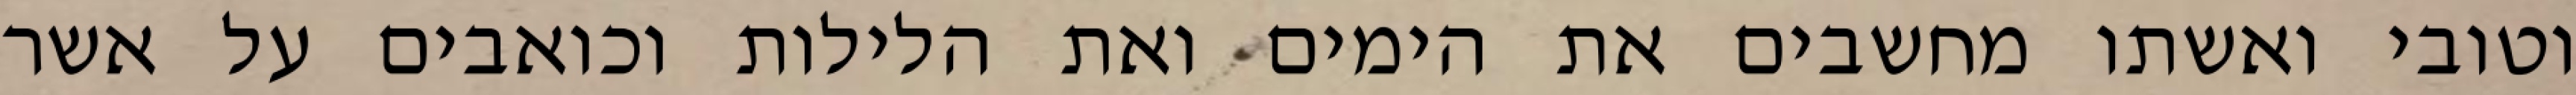
וטובי ואשתו מחשבים את הימים ואת הלילות וכואבים על אשר